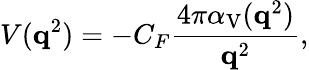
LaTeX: V({\mathbf q}^{2})=-C_{F}\frac{4\pi\alpha_{\mathrm{V}}({\mathbf q}^{2})}{{\mathbf q}^{2}},